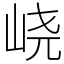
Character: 峣